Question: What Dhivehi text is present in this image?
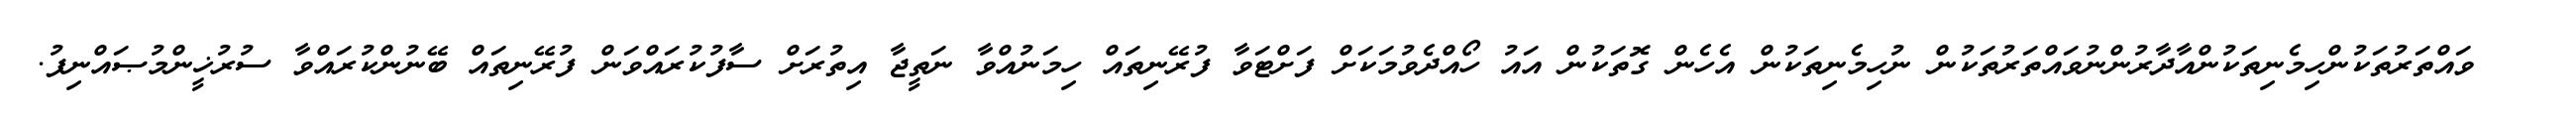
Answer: ??? ވައްތަރުތަކުންހިމެނިތަކުންއާދާރުންނުވައްތަރުތަކުން ނުހިމެނިތަކުން އެހެން ގޮތަކުން އައު ހޯއްދެވުމަކަށް ފަށްޓަވާ ފުރޭނިތައް ހިމަނުއްވާ ނަތީޖާ އިތުރަށް ސާފުކުރައްވަން ފުރޭނިތައް ބޭނުންކުރައްވާ ސުރުޚީންމުޞައްނިފު.